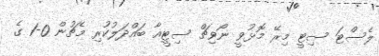
ލެސްޓަ ސިޓީ މިރޭ މޮޅުވީ ނޯވިޗް ސިޓީއާ ބައްދަލުކުރި މެޗުން 0-1 ގެ